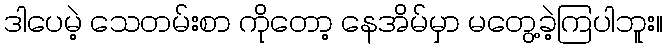
ဒါပေမဲ့ သေတမ်းစာ ကိုတော့ နေအိမ်မှာ မတွေ့ခဲ့ကြပါဘူး။